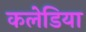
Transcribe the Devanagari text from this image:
कलेडिया